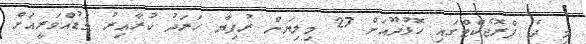
މި ދެ ޕްރޮޖެކްޓްގައި ހޮޅުދޫއަށް 27 މިލިޔަން ރުފިޔާ ހަރަދު ކުރާއިރު މަޑުއްވަރީއަށް